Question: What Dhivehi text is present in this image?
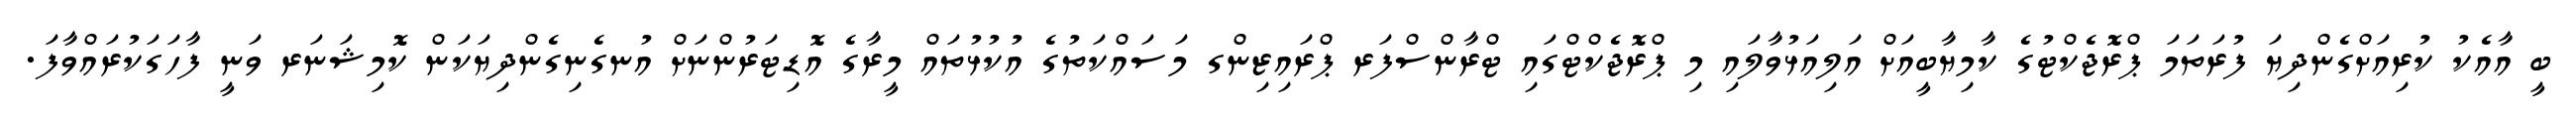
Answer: ބީ އާއެކު ކުރިއަށްގެންދިޔަ ފުރަތަމަ ޕްރޮޖެކްޓުގެ ކާމިޔާބީއަށް އަލިއަޅުވާލައި މި ޕްރޮޖެކްޓްގައި ޓްރާންސްފަރ ޕްރައިޒިންގ މަސައްކަތުގެ އުކުޅުތައް މީރާގެ އޮޑިޓަރުންނަށް އުނގެނިގެންދިޔަކަން ކޮމިޝަނަރ ވަނީ ފާހަގަކުރައްވާފަ.